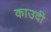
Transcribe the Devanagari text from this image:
काउदी